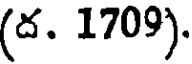
(ద. 1709).